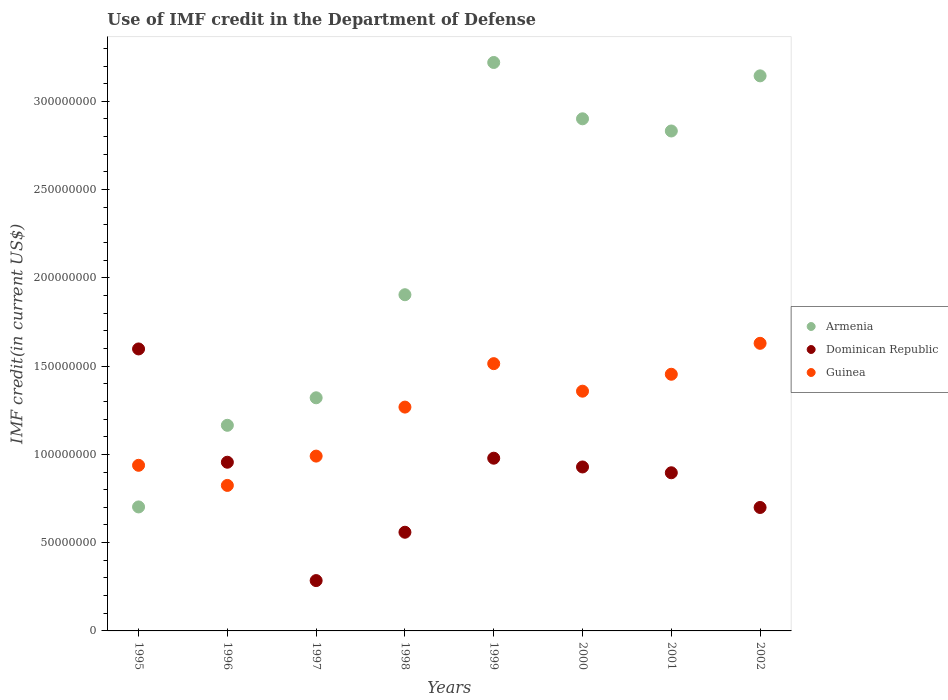
| Years | Armenia | Dominican Republic | Guinea |
 | --- | --- | --- | --- |
 | 1995 | 7.02e+07 | 1.6e+08 | 9.38e+07 |
 | 1996 | 1.16e+08 | 9.56e+07 | 8.24e+07 |
 | 1997 | 1.32e+08 | 2.85e+07 | 9.9e+07 |
 | 1998 | 1.9e+08 | 5.59e+07 | 1.27e+08 |
 | 1999 | 3.22e+08 | 9.78e+07 | 1.51e+08 |
 | 2000 | 2.9e+08 | 9.29e+07 | 1.36e+08 |
 | 2001 | 2.83e+08 | 8.96e+07 | 1.45e+08 |
 | 2002 | 3.14e+08 | 6.99e+07 | 1.63e+08 |